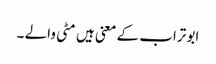
ابو تراب کے معنی ہیں مٹی والے ۔